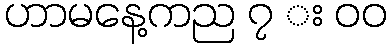
ဟာမနေ့ကည ၇ း ၀၀